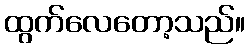
ထွက်လေတော့သည်။